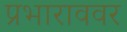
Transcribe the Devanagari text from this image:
प्रभाराववर